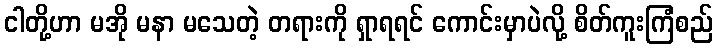
ငါတို့ဟာ မအို မနာ မသေတဲ့ တရားကို ရှာရရင် ကောင်းမှာပဲလို့ စိတ်ကူးကြံစည်